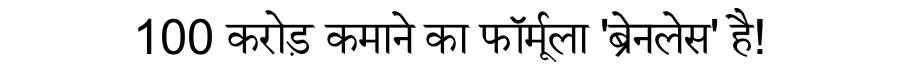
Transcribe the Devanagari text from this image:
100 करोड़ कमाने का फॉर्मूला 'ब्रेनलेस' है!